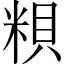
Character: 𥺎